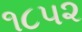
૧૮૫૨